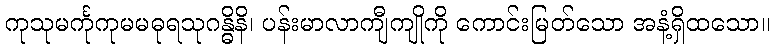
ကုသုမင်္ကုကုမမဓုရသုဂန္ဓိနိ၊ ပန်းမာလာကျီကျိုကို ကောင်းမြတ်သော အနံ့ရှိထသော။